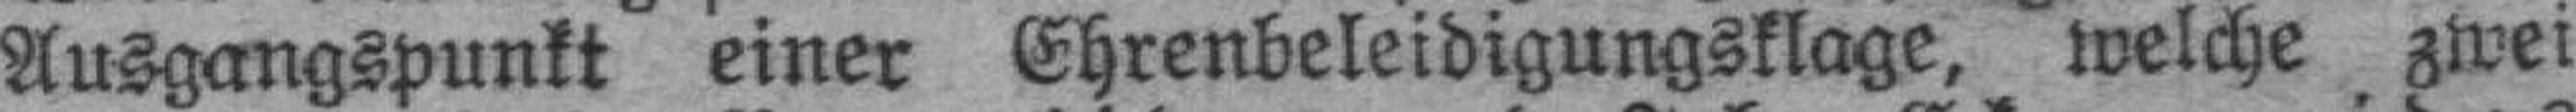
Ausgangspunkt einer Ehrenbeleidigungsklage, welche zwei